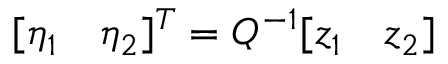
[ \eta _ { 1 } \quad \eta _ { 2 } ] ^ { T } = Q ^ { - 1 } [ z _ { 1 } \quad z _ { 2 } ]